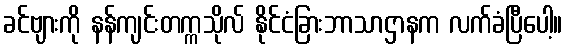
ခင်ဗျားကို နန်ကျင်းတက္ကသိုလ် နိုင်ငံခြားဘာသာဌာနက လက်ခံပြီပေါ့။